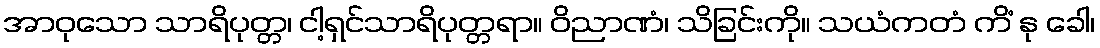
အာဝုသော သာရိပုတ္တ၊ ငါ့ရှင်သာရိပုတ္တရာ။ ဝိညာဏံ၊ သိခြင်းကို။ သယံကတံ ကိံ နု ခေါ၊